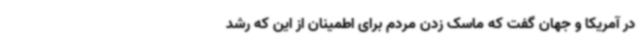
در آمریکا و جهان گفت که ماسک زدن مردم برای اطمینان از این که رشد